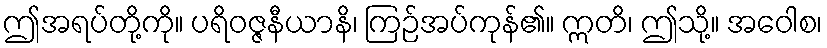
ဤအရပ်တို့ကို။ ပရိဝဇ္ဇနီယာနိ၊ ကြဉ်အပ်ကုန်၏။ ဣတိ၊ ဤသို့။ အဝေါစ၊